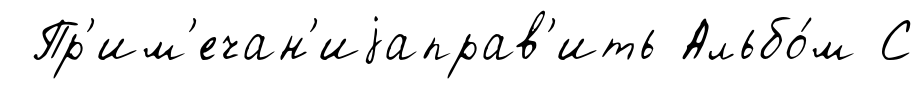
Пр'им'ечан'иjаправ'ить Альбо́м С